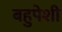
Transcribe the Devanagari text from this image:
बहुपेशी